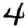
Digit: 4